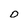
Character: D